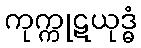
ကုက္ကုဋယုဒ္ဓံ